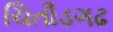
ચિતૌડગઢ